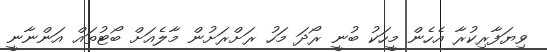
ވިޔަފާރިކުރާ އެހެން މީހަކު ބުނީ ރޯދަ މަހު ރަށްރަށުން މާލެއަށް ބޯޓުތައް އަންނާނީ